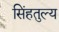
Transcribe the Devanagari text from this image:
सिंहतुल्य